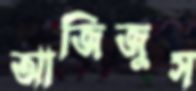
আজিজুস